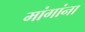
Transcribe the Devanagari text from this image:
मांगांना